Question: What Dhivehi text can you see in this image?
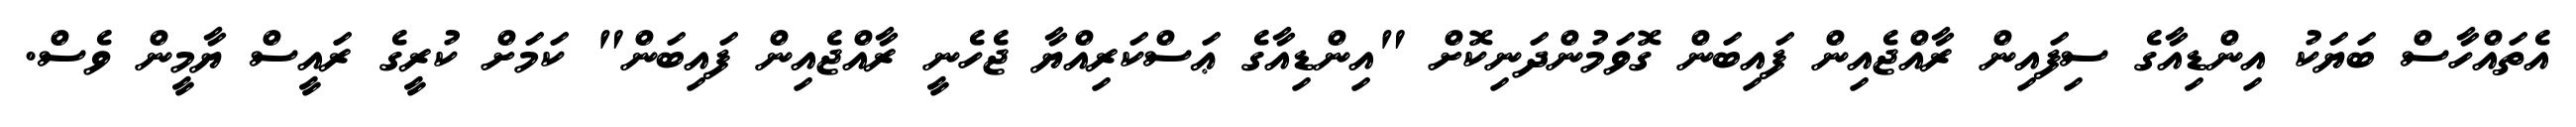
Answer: އެތައްހާސް ބަޔަކު އިންޑިއާގެ ސިފައިން ރާއްޖެއިން ފައިބަން ގޮވަމުންދަނިކޮށް "އިންޑިއާގެ ޢަސްކަރިއްޔާ ޖެހެނީ ރާއްޖެއިން ފައިބަން" ކަމަށް ކުރީގެ ރައީސް ޔާމީން ވެސް.